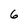
Character: 6